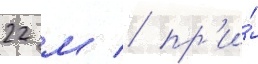
22 м / пр'и́